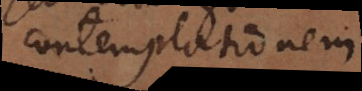
contemplationem